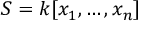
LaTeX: S = k [ x _ { 1 } , \dots , x _ { n } ]